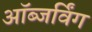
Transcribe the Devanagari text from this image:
ऑब्जर्विंग